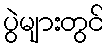
ပွဲများတွင်